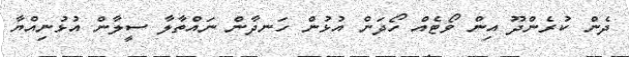
ދެން ކުރެންދޫ އިން ވޯޓެއް ހޯދަން އުޅުން ހަނދާން ނައްތާލާ ސީލާން އުޅުނިއްޔާ